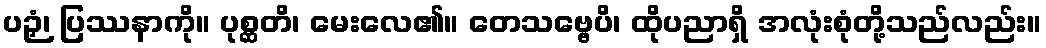
ပဉှံ၊ ပြဿနာကို။ ပုစ္ဆတိ၊ မေးလေ၏။ တေသဗ္ဗေပိ၊ ထိုပညာရှိ အလုံးစုံတို့သည်လည်း။